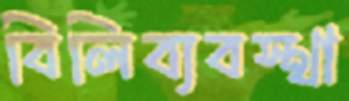
বিলিব্যবস্থা